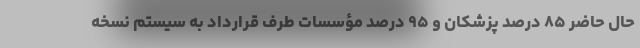
حال حاضر ۸۵ درصد پزشکان و ۹۵ درصد مؤسسات طرف قرارداد به سیستم نسخه